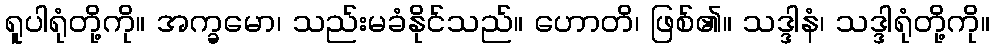
ရူပါရုံတို့ကို။ အက္ခမော၊ သည်းမခံနိုင်သည်။ ဟောတိ၊ ဖြစ်၏။ သဒ္ဒါနံ၊ သဒ္ဒါရုံတို့ကို။